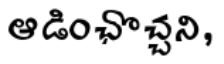
ఆడించొచ్చని,